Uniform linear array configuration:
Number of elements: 4
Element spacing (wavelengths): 0.75
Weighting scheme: kaiser
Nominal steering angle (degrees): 30
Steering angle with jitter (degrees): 28.502
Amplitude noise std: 0.05
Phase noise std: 0.05

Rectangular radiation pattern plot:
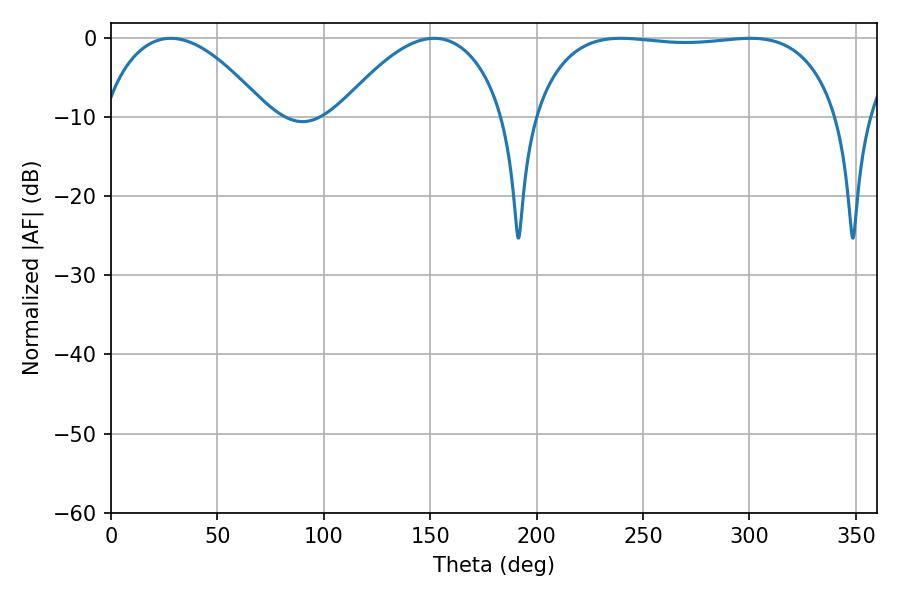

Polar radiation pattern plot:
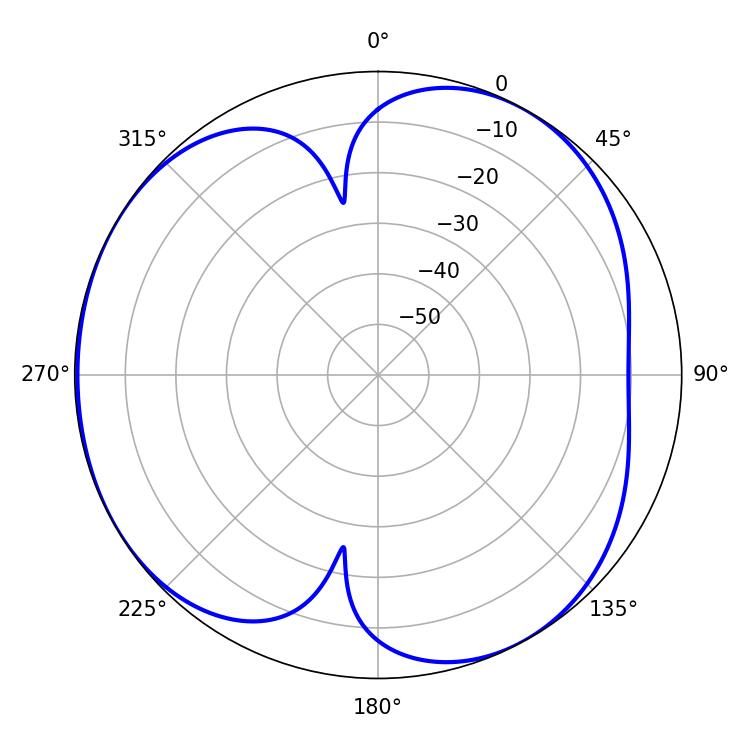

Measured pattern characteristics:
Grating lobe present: TRUE
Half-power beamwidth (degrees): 113.76
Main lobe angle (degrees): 239.58